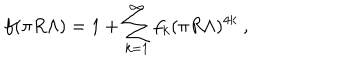
LaTeX: f ( \pi R \Lambda ) = 1 + \sum _ { k = 1 } ^ { \infty } f _ { k } ( \pi R \Lambda ) ^ { 4 k } \ ,